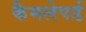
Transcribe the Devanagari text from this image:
कैमलेपर्ड